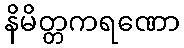
နိမိတ္တကရဏော